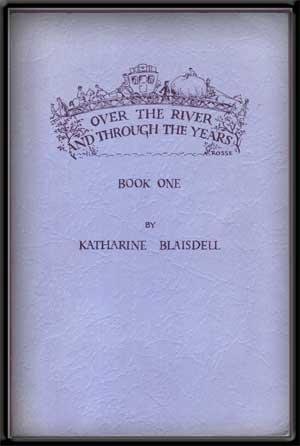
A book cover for Over the River and through the Years, Book One: Records and Recollections of Early Travel, Railroads, and the Connecticut River from the Journal Opinion Bradford, Vermont and Woodsville, New Hampshire; Katharine Blaisdell; Travel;